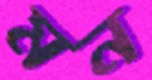
মন